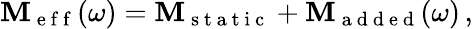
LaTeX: \mathbf{M}_{\mathrm{~e~f~f~}}(\omega)=\mathbf{M}_{\mathrm{~s~t~a~t~i~c~}}+\mathbf{M}_{\mathrm{~a~d~d~e~d~}}(\omega)\, ,